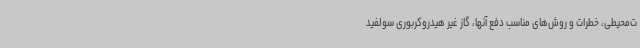
ت‌محیطی، خطرات و روش‌های مناسب دفع آنها، گاز غیر هیدروکربوری سولفید